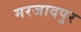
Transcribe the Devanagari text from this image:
मरजादपुर